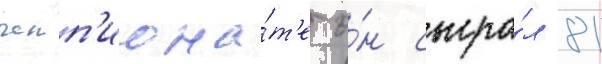
чемп'иона́т'е о́н сыгра́л 81